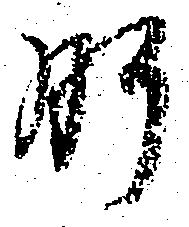
肝